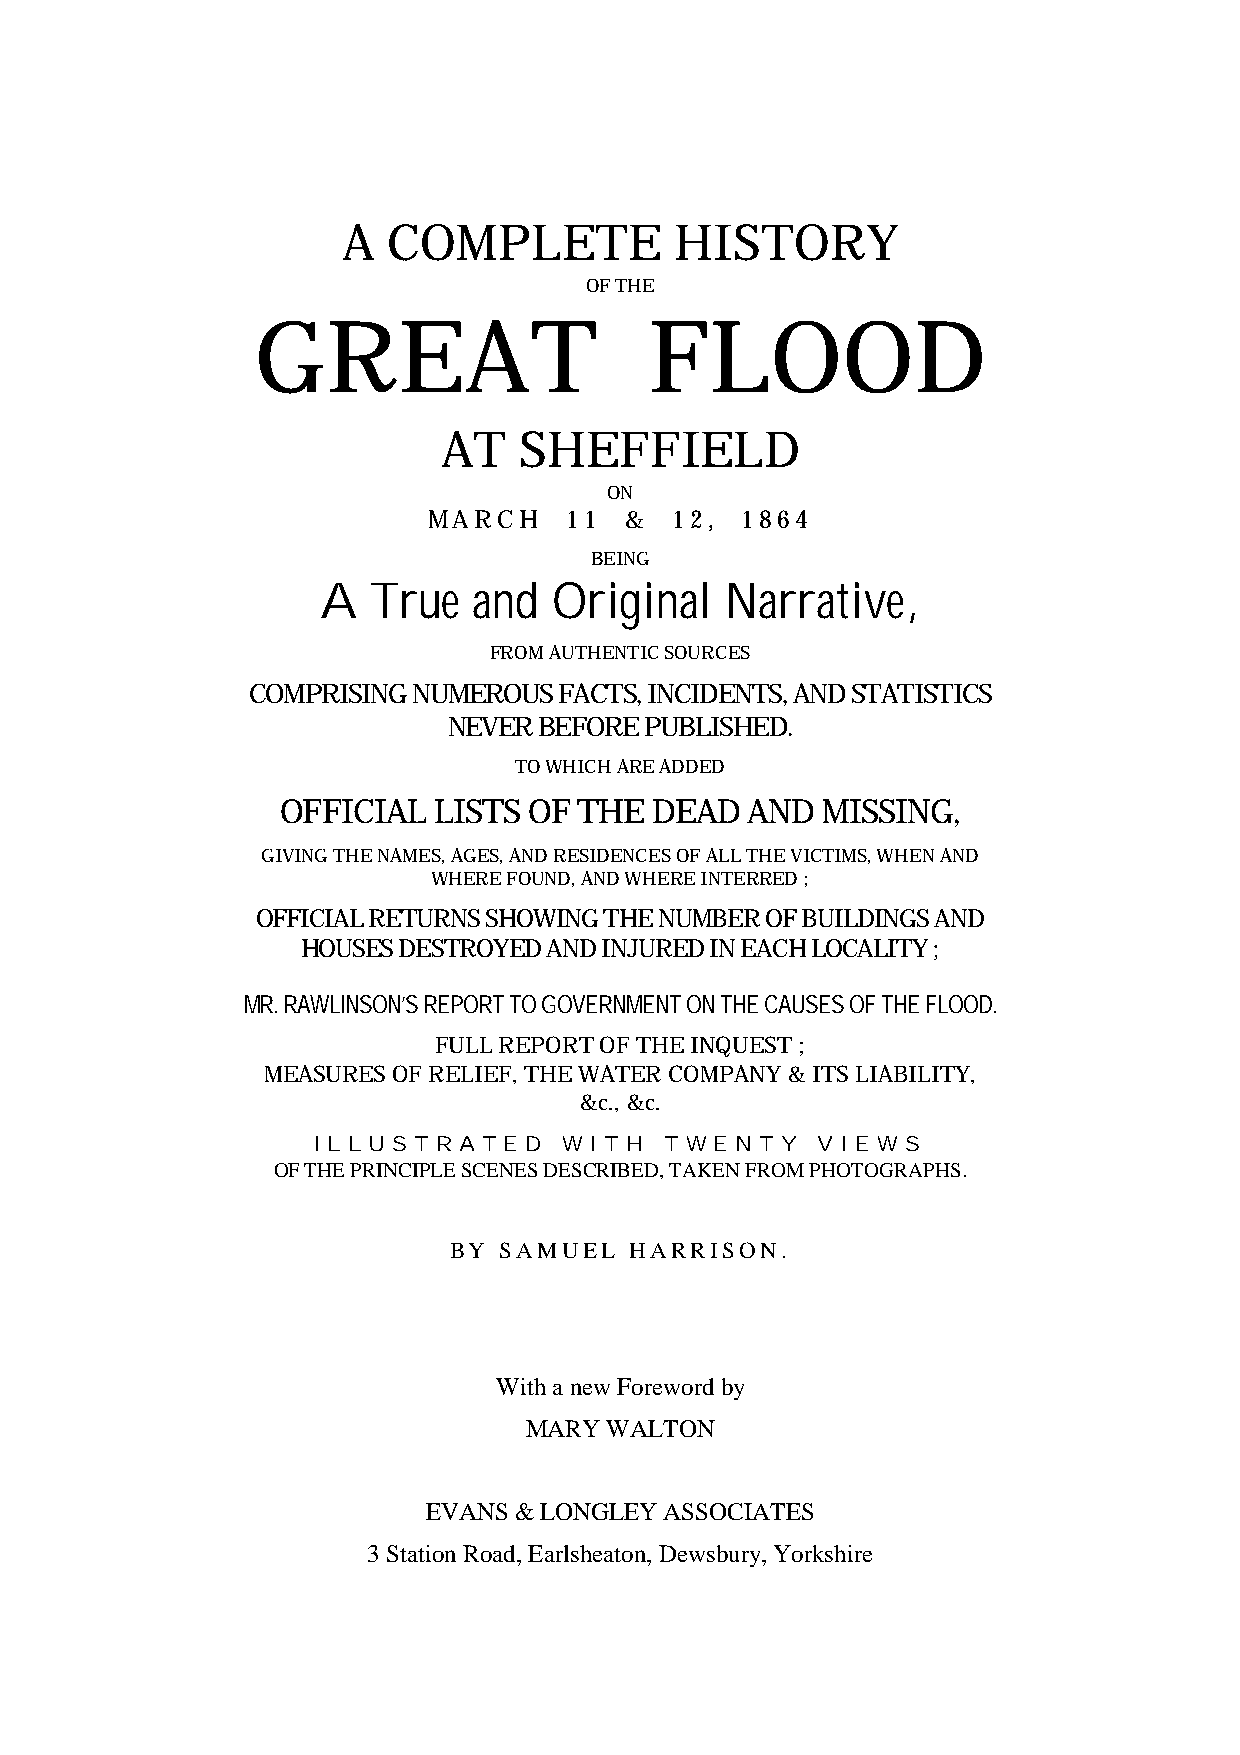
A  COMPLETE           HISTORY
 OF THE
 GREAT                     FLOOD
 AT   SHEFFIELD
 ON
 MARCH    11  &   12, 1864
 BEING
 A   True  and   Original   Narrative,
 FROM AUTHENTIC SOURCES
 COMPRISING NUMEROUS  FACTS, INCIDENTS, AND STATISTICS
 NEVER BEFORE PUBLISHED.
 TO WHICH ARE ADDED
 OFFICIAL  LISTS OF THE  DEAD   AND MISSING,
 GIVING THE NAMES, AGES, AND RESIDENCES OF ALL THE VICTIMS, WHEN AND
 WHERE FOUND, AND WHERE INTERRED ;
 OFFICIAL RETURNS SHOWING THE NUMBER OF BUILDINGS AND
 HOUSES DESTROYED AND INJURED IN EACH LOCALITY ;
 MR. RAWLINSON’S REPORT TO GOVERNMENT ON THE CAUSES OF THE FLOOD.
 FULL REPORT OF THE INQUEST ;
 MEASURES OF RELIEF, THE WATER COMPANY & ITS LIABILITY,
 &c., &c.
 I L L U S T R A T E D W I T H T W E N T Y V I E W S
 OF THE PRINCIPLE SCENES DESCRIBED, TAKEN FROM PHOTOGRAPHS.
 BY SAMUEL   HARRISON.
 With a new Foreword by
 MARY WALTON
 EVANS & LONGLEY ASSOCIATES
 3 Station Road, Earlsheaton, Dewsbury, Yorkshire